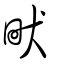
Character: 畎